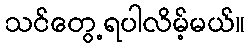
သင်တွေ့ရပါလိမ့်မယ်။